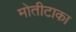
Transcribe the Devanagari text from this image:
मोतीटाका